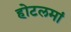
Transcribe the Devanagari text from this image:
होटलमां